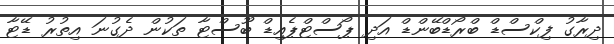
ދިރާގު ފިކްސްޑް ބްރޯޑްބޭންޑް އަދި ޕޯސްޓްޕެއިޑް ބޫސްޓާ ތަކުން ދެގުނަ އިތުރު ޑޭޓާ